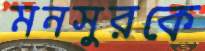
মনসুরকে